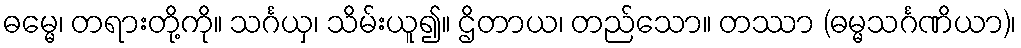
ဓမ္မေ၊ တရားတို့ကို။ သင်္ဂယှ၊ သိမ်းယူ၍။ ဌိတာယ၊ တည်သော။ တဿာ (ဓမ္မသင်္ဂဏိယာ)၊